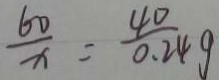
\frac { 6 0 } { x } = \frac { 4 0 } { 0 . 2 4 g }